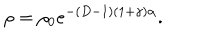
\rho = \rho _ { 0 } e ^ { - ( D - 1 ) ( 1 + \gamma ) \alpha } .